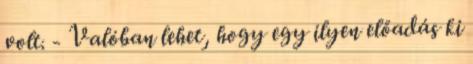
volt. - Valóban lehet, hogy egy ilyen előadás ki